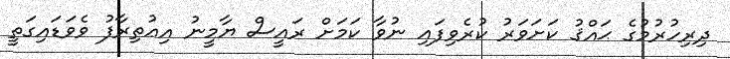
ދިރިހުރުމުގެ ޙައްޤު ކަށަވަރު ކުރެވިފައި ނުވާ ކަމަށް ރައީސް ޔާމީނު އިޢުތިރާފު ވެވަޑައިގަތީ